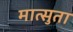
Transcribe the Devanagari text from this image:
मात्सुता